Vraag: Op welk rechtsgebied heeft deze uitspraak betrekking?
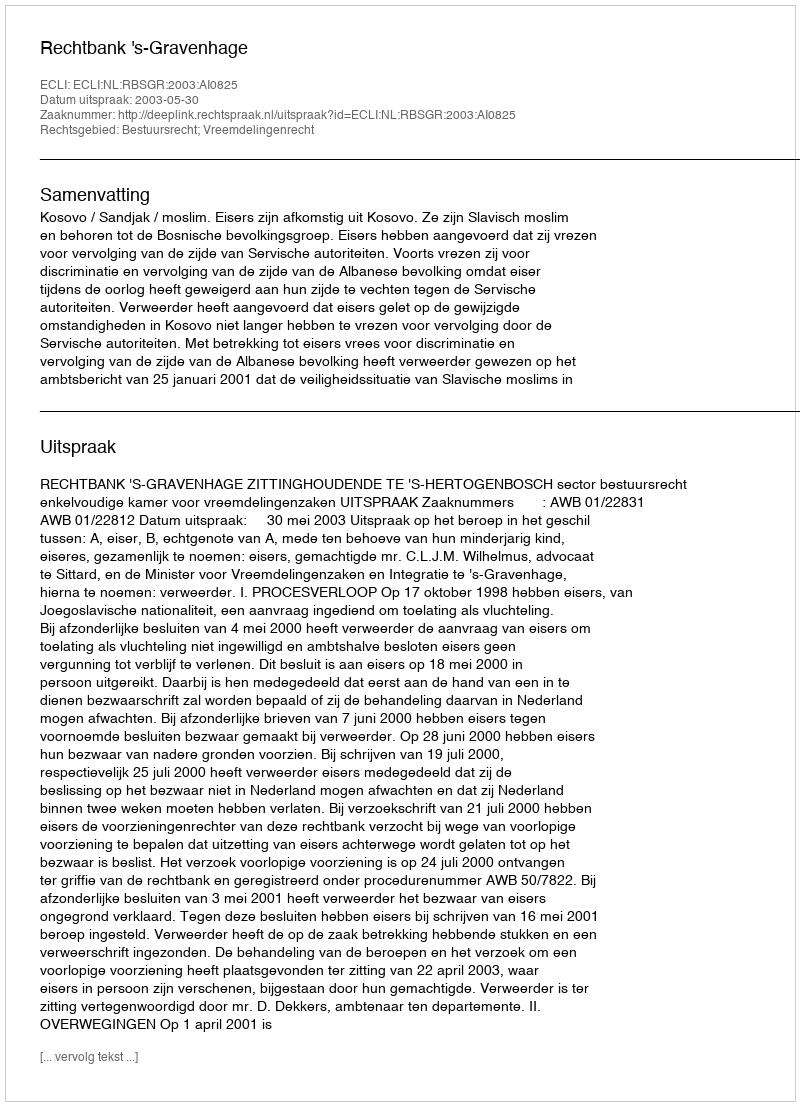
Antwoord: Bestuursrecht; Vreemdelingenrecht